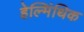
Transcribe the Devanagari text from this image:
हेल्मिंथिक